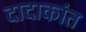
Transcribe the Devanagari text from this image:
दादाकांत